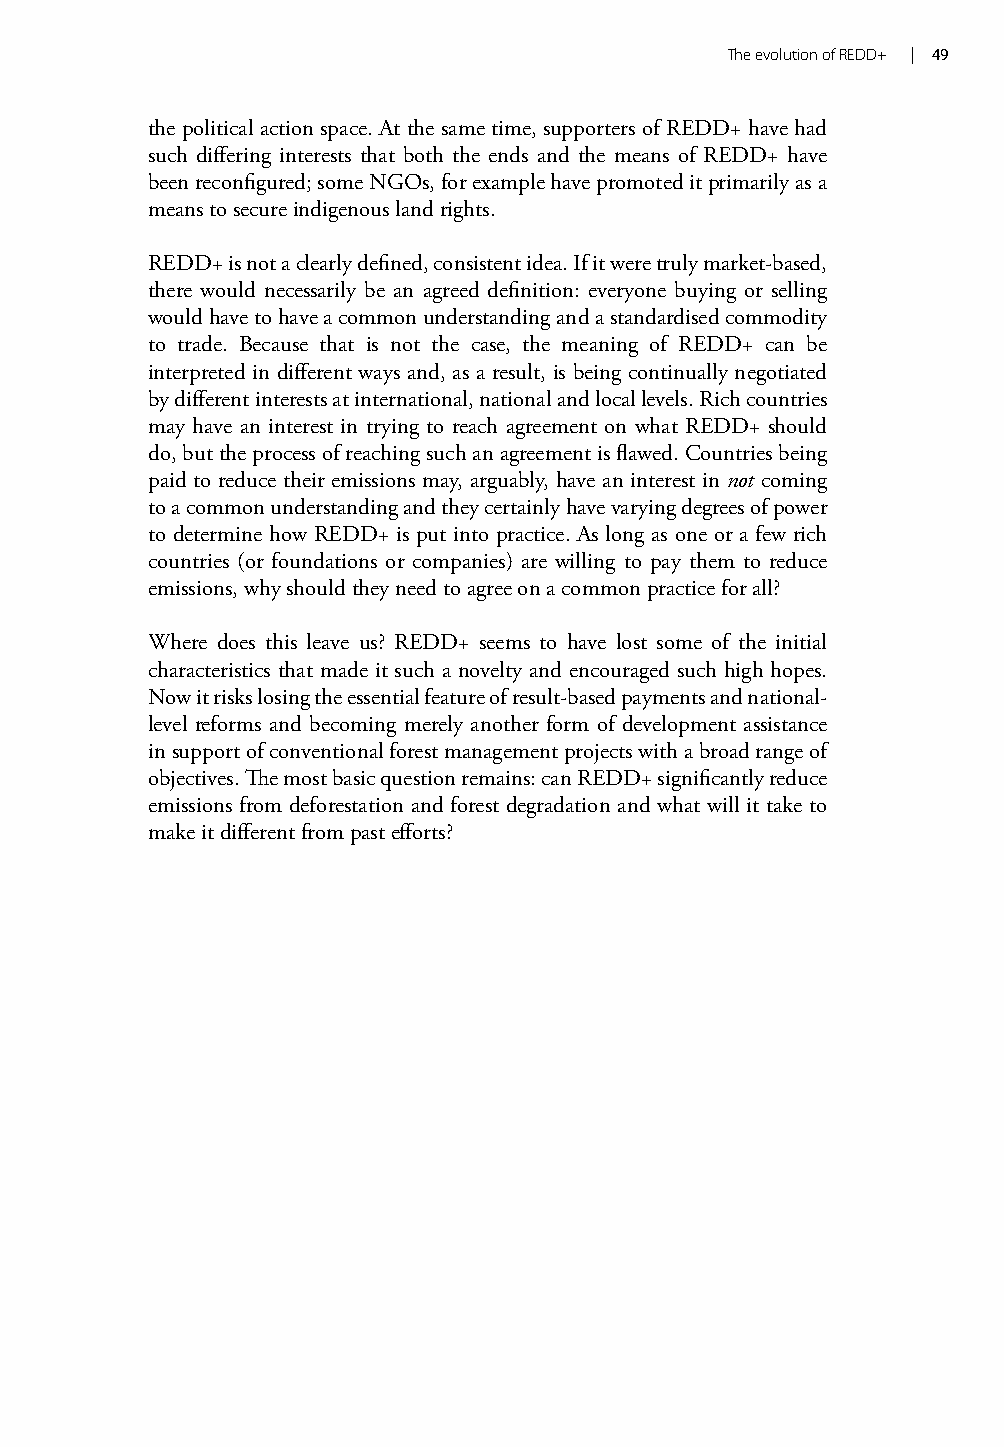
The evolution of REDD+ | 49
 the political action space. At the same time, supporters of REDD+ have had
 such differing interests that both the ends and the means of REDD+ have
 been reconfigured; some NGOs, for example have promoted it primarily as a
 means to secure indigenous land rights.
 REDD+ is not a clearly defined, consistent idea. If it were truly market-based,
 there would necessarily be an agreed definition: everyone buying or selling
 would have to have a common understanding and a standardised commodity
 to trade. Because that is not the case, the meaning of REDD+ can be
 interpreted in different ways and, as a result, is being continually negotiated
 by different interests at international, national and local levels. Rich countries
 may have an interest in trying to reach agreement on what REDD+ should
 do, but the process of reaching such an agreement is flawed. Countries being
 paid to reduce their emissions may, arguably, have an interest in not coming
 to a common understanding and they certainly have varying degrees of power
 to determine how REDD+ is put into practice. As long as one or a few rich
 countries (or foundations or companies) are willing to pay them to reduce
 emissions, why should they need to agree on a common practice for all?
 Where does this leave us? REDD+ seems to have lost some of the initial
 characteristics that made it such a novelty and encouraged such high hopes.
 Now it risks losing the essential feature of result-based payments and national-
 level reforms and becoming merely another form of development assistance
 in support of conventional forest management projects with a broad range of
 objectives. The most basic question remains: can REDD+ significantly reduce
 emissions from deforestation and forest degradation and what will it take to
 make it different from past efforts?